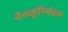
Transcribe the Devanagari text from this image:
नेल्लूरिमंडल